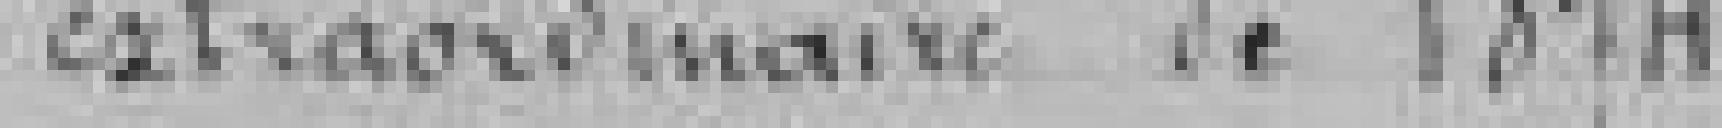
extraordinaire de 1874